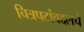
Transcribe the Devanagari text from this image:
चित्रपटांबद्दलचे